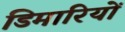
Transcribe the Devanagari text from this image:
डिमारियों